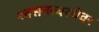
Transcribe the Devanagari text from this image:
श्वसनव्यस्थेवर